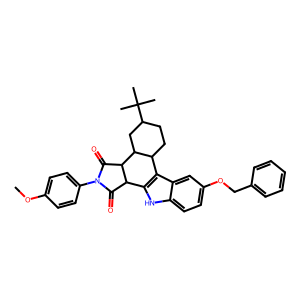
SMILES: COc1ccc(N2C(=O)C3c4[nH]c5ccc(OCc6ccccc6)cc5c4C4CCC(C(C)(C)C)CC4C3C2=O)cc1
Inhibits HIV replication: No